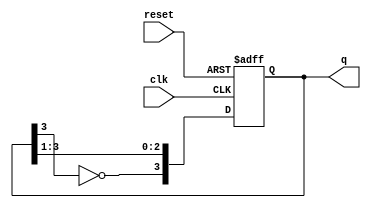
module johnson_counter #(
    parameter N = 4 // Number of flip-flops
)(
    input wire clk,           // Clock input
    input wire reset,         // Asynchronous reset
    output reg [N-1:0] q      // Output states
);

    // Internal signal for feedback
    wire feedback;

    // Assign feedback as the inverted output of the last flip-flop
    assign feedback = ~q[N-1];

    // Always block triggered on the rising edge of clk or reset
    always @(posedge clk or posedge reset) begin
        if (reset) begin
            q <= 0; // Reset the counter to 0
        end else begin
            // Shift the states and apply feedback
            q <= {feedback, q[N-1:1]};
        end
    end

endmodule